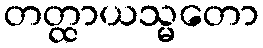
တတ္ထာယသ္မတော